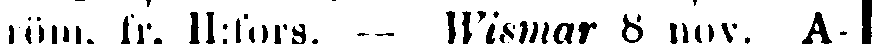
röm. fr, H:fors. — Wismar 8 nov. A-